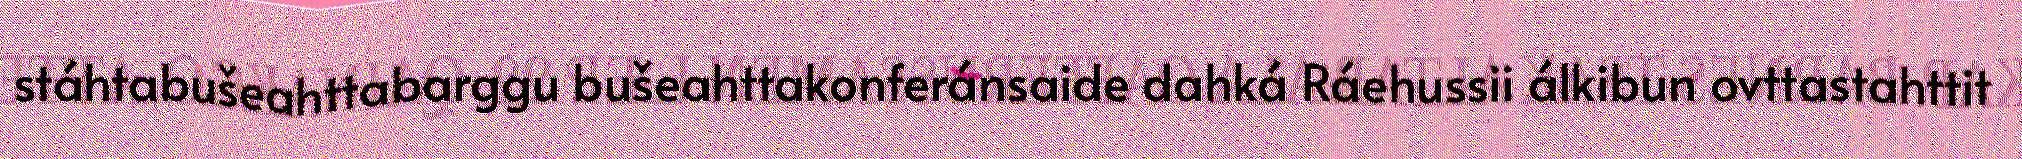
stáhtabušeahttabarggu bušeahttakonferánsaide dahká Ráehussii álkibun ovttastahttit